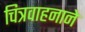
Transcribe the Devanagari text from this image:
चित्रवाहनाने